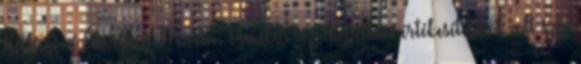
Kálócziné Éberling Márta: Amikor az ingatlan értékesítéséről volt szó,